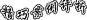
精巧案例评析